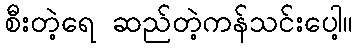
စီးတဲ့ရေ ဆည်တဲ့ကန်သင်းပေါ့။